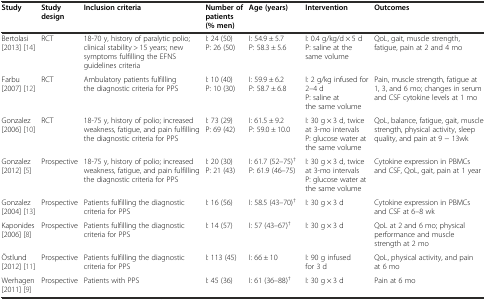
<table><thead><tr><td><b>Study</b></td><td><b>Study design</b></td><td><b>Inclusion criteria</b></td><td><b>Number of patients (% men)</b></td><td><b>Age (years)</b></td><td><b>Intervention</b></td><td><b>Outcomes</b></td></tr></thead><tbody><tr><td>Bertolasi [2013] [14]</td><td>RCT</td><td>18-70 y, history of paralytic polio; clinical stability &gt; 15 years; new symptoms fulfilling the EFNS guidelines criteria</td><td>I: 24 (50) P: 26 (50)</td><td>I: 54.9 ± 5.7 P: 58.3 ± 5.6</td><td>I: 0.4 g/kg/d × 5 d P: saline at the same volume</td><td>QoL, gait, muscle strength, fatigue, pain at 2 and 4 mo</td></tr><tr><td>Farbu [2007] [12]</td><td>RCT</td><td>Ambulatory patients fulfilling the diagnostic criteria for PPS</td><td>I: 10 (40) P: 10 (30)</td><td>I: 59.9 ± 6.2 P: 58.7 ± 6.8</td><td>I: 2 g/kg infused for 2–4 d P: saline at the same volume</td><td>Pain, muscle strength, fatigue at 1, 3, and 6 mo; changes in serum and CSF cytokine levels at 1 mo</td></tr><tr><td>Gonzalez [2006] [10]</td><td>RCT</td><td>18-75 y, history of polio; increased weakness, fatigue, and pain fulfilling the diagnostic criteria for PPS</td><td>I: 73 (29) P: 69 (42)</td><td>I: 61.5 ± 9.2 P: 59.0 ± 10.0</td><td>I: 30 g × 3 d, twice at 3-mo intervals P: glucose water at the same volume</td><td>QoL, balance, fatigue, gait, muscle strength, physical activity, sleep quality, and pain at 9 − 13wk</td></tr><tr><td>Gonzalez [2012] [5]</td><td>Prospective</td><td>18-75 y, history of polio; increased weakness, fatigue, and pain fulfilling the diagnostic criteria for PPS</td><td>I: 20 (30) P: 21 (43)</td><td>I: 61.7 (52–75)<sup>†</sup> P: 61.9 (46–75)</td><td>I: 30 g × 3 d, twice at 3-mo intervals P: glucose water at the same volume</td><td>Cytokine expression in PBMCs and CSF, QoL, gait, pain at 1 year</td></tr><tr><td>Gonzalez [2004] [13]</td><td>Prospective</td><td>Patients fulfilling the diagnostic criteria for PPS</td><td>I: 16 (56)</td><td>I: 58.5 (43–70)<sup>†</sup></td><td>I: 30 g × 3 d</td><td>Cytokine expression in PBMCs and CSF at 6–8 wk</td></tr><tr><td>Kaponides [2006] [8]</td><td>Prospective</td><td>Patients fulfilling the diagnostic criteria for PPS</td><td>I: 14 (57)</td><td>I: 57 (43–67)<sup>†</sup></td><td>I: 30 g × 3 d</td><td>QoL at 2 and 6 mo; physical performance and muscle strength at 2 mo</td></tr><tr><td>Östlund [2012] [11]</td><td>Prospective</td><td>Patients fulfilling the diagnostic criteria for PPS</td><td>I: 113 (45)</td><td>I: 66 ± 10</td><td>I: 90 g infused for 3 d</td><td>QoL, physical activity, and pain at 6 mo</td></tr><tr><td>Werhagen [2011] [9]</td><td>Prospective</td><td>Patients with PPS</td><td>I: 45 (36)</td><td>I: 61 (36–88)<sup>†</sup></td><td>I: 30 g × 3 d</td><td>Pain at 6 mo</td></tr></tbody></table>